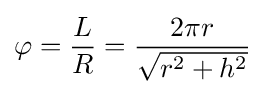
\varphi ={\frac {L}{R}}={\frac {2\pi r}{\sqrt {r^{2}+h^{2}}}}